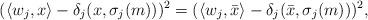
LaTeX: \begin{align*} (\langle w_j, x\rangle -\delta_{j} (x,\sigma_j(m)) )^2 = (\langle w_j,\bar{x}\rangle -\delta_{j}(\bar{x},\sigma_j(m)) )^2, \end{align*}